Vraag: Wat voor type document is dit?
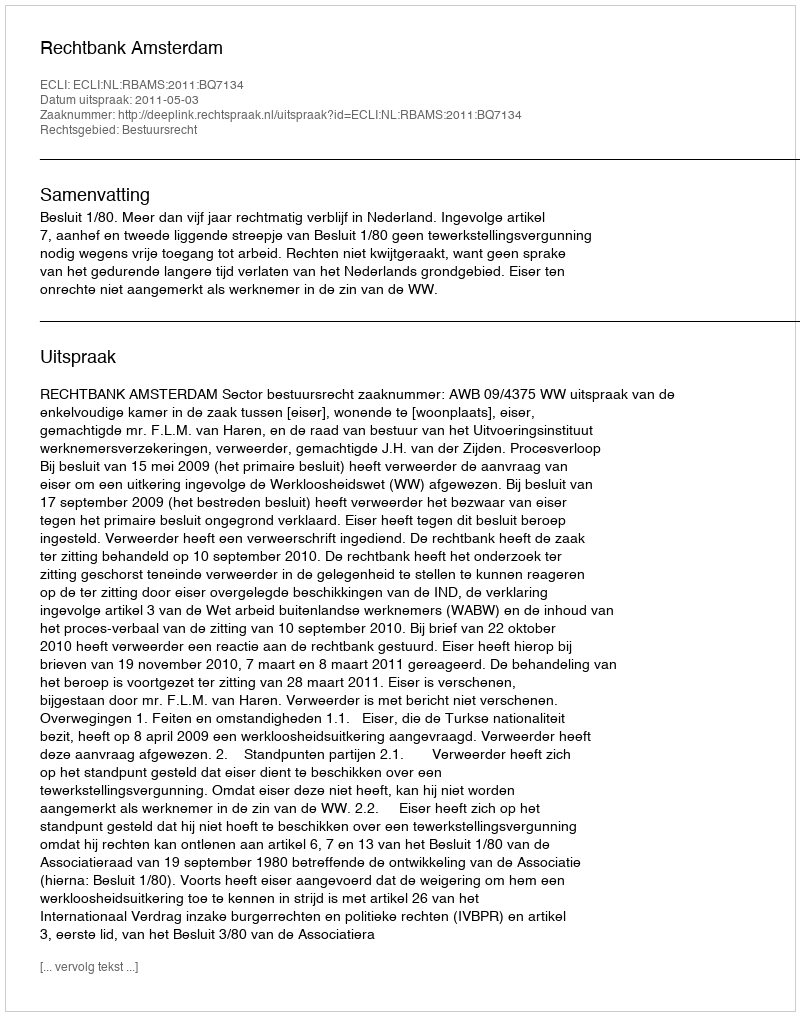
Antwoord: Uitspraak